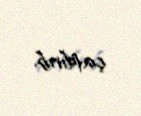
çatdırıb.